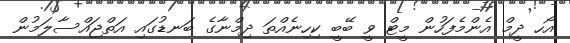
އޯހ ދީމް އެންމެފަހުން މީޓް ވީ ބޭބީ ކިހިނެއްތަ ދިމްނާގެ ބަނޑުގައި އަތްޖައްސާލަމުން